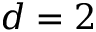
d = 2